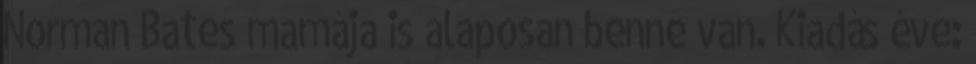
Norman Bates mamája is alaposan benne van. Kiadás éve: